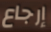
إرجاع